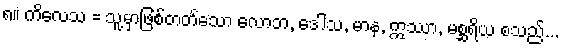
၈။ ကိလေသ = သူ့မှာဖြစ်တတ်သော လောဘ, ဒေါသ, မာန, ဣဿာ, မစ္ဆရိယ စသည်...